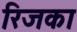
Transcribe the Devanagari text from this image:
रिजका